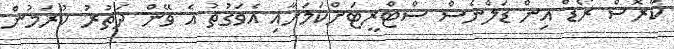
ކްރޮސް ރޯޑް އިން ޑަލްނެސް ސްޓްރީޓަށްކަމަށާއި އެވަގުތު އެ ވޭން ދަތުރު ކުރަމުން